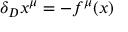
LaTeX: \delta _ { D } x ^ { \mu } = - f ^ { \mu } ( x )